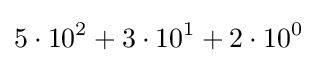
5\cdot 10^{2}+3\cdot 10^{1}+2\cdot 10^{0}